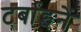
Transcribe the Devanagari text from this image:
टर्बाइनें